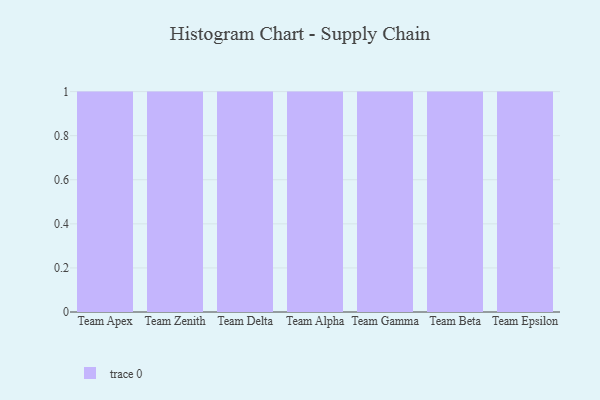
{"axis": {"x": "Team", "y": "Tickets Resolved"}, "legend": [""], "data": [{"x": "Team Apex", "y": 51, "type": ""}, {"x": "Team Zenith", "y": 85, "type": ""}, {"x": "Team Delta", "y": 16, "type": ""}, {"x": "Team Alpha", "y": 86, "type": ""}, {"x": "Team Gamma", "y": 13, "type": ""}, {"x": "Team Beta", "y": 3, "type": ""}, {"x": "Team Epsilon", "y": 14, "type": ""}]}